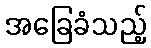
အခြေခံသည့်